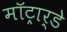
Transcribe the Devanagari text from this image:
मॉट्रार्डे